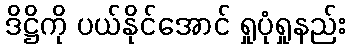
ဒိဋ္ဌိကို ပယ်နိုင်အောင် ရှုပုံရှုနည်း